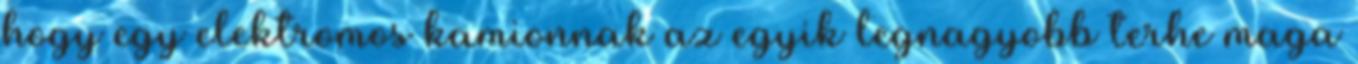
hogy egy elektromos kamionnak az egyik legnagyobb terhe maga